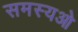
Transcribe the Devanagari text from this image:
समस्यओ